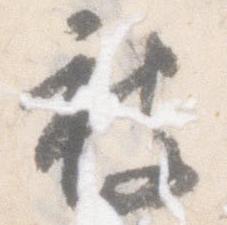
被